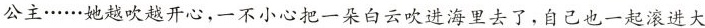
公主……她越吹越开心，一不小心把一朵白云吹进海里去了，自己也一起滚进大